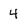
Character: 4